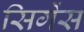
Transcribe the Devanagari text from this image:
सिगेंस